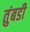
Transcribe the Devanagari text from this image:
तुंबडी